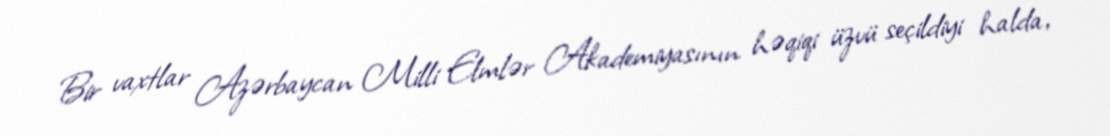
Bir vaxtlar Azərbaycan Milli Elmlər Akademiyasının həqiqi üzvü seçildiyi halda,